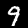
Digit: 9